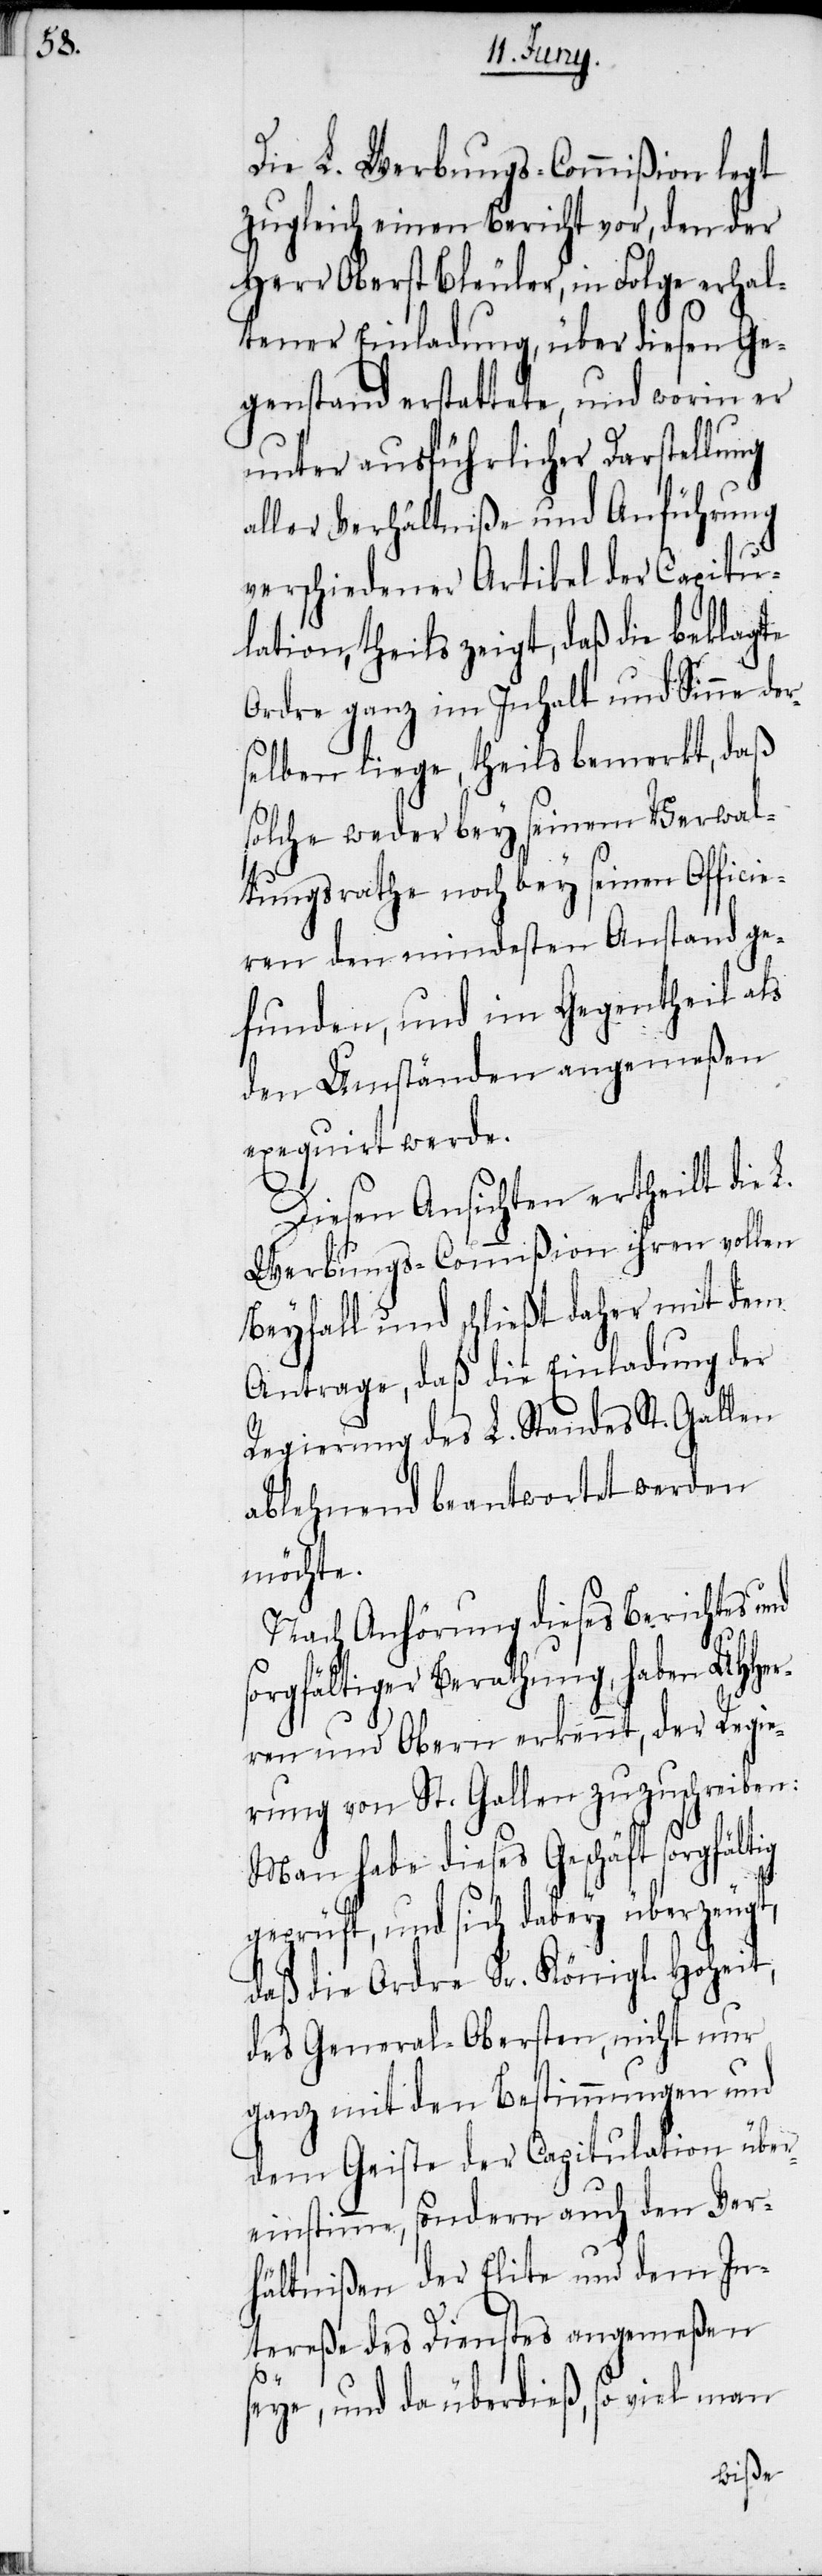
Die L. Werbungs-Commißion legt
zugleich einen Bericht vor, den der
Herr Oberst Bleuler, in Folge erhal¬
tener Einladung, über diesen Ge¬
genstand erstattete, und worin er
unter ausführlicher Darstellung
aller Verhältniße und Anführung
verschiedener Artikel der Capitu¬
lation, theils zeigt, daß die beklagte
Ordre ganz im Inhalt und Sinne der¬
selben liege, theils bemerkt, daß
solche weder bey seinem Verwal¬
tungsrathe noch bey seinen Officie¬
ren den mindesten Anstand ge¬
funden, und im Gegentheil als
den Umständen angemeßen
exequirt werde.
Diesen Ansichten ertheilt die
Werbungs-Commißion ihren voll¬
Beyfall und schließt daher mit dem
Antrage, daß die Einladung der
Regierung des L. Standes St. Gallen
ablehnend beantwortet werden
möchte.
Nach Anhörung dieses Berichtes u¬
nd
sorgfältiger Berathung, haben UHHer¬
ren und Obern erkennt, der Regie¬
rung von St. Gallen zuzuschreiben:
Man habe dieses Geschäft sorgfältig
geprüft, und sich dabey überzeugt,
daß die Ordre Sr. Königl. Hoheit,
des General-Obersten, nicht nur
ganz mit den Bestimmungen und
dem Geiste der Capitulation über¬
einstimme, sondern auch den Ver¬
hältnißen der Elite und dem In¬
tereße des Dienstes angemeßen
seye, und da überdieß, so viel man